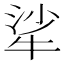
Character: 㸺